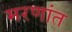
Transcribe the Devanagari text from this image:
मरणांत